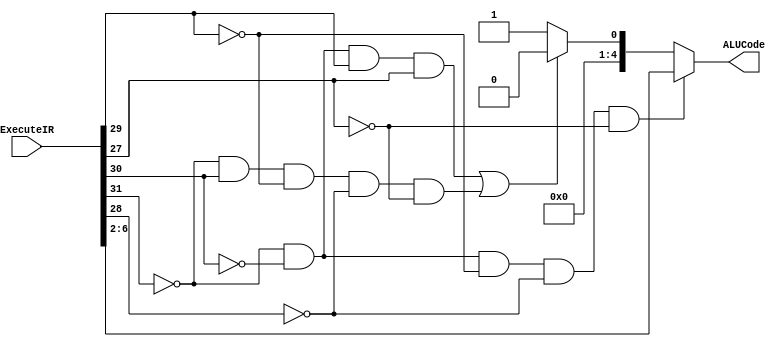
module OpCodeALUCodeDecoder(ALUCode, ExecuteIR);
    input [31:0] ExecuteIR;
    output [4:0] ALUCode;

    wire IsRType, ALUShouldAdd;
    wire [4:0] RTypeCode, NotRTypeCode;

    assign IsRType = (~ExecuteIR[31] & ~ExecuteIR[30] & ~ExecuteIR[29] & ~ExecuteIR[28] & ~ExecuteIR[27]);
    assign RTypeCode = ExecuteIR[6:2];

    assign ALUShouldAdd = (~ExecuteIR[31] & ~ExecuteIR[30] & ExecuteIR[29] & ExecuteIR[27]) | (~ExecuteIR[31] & ExecuteIR[30] & ~ExecuteIR[29] & ~ExecuteIR[28] & ~ExecuteIR[27]); //First term is combo (sw + addi)
    assign NotRTypeCode = ALUShouldAdd ? 5'b0 : 5'b00001;
    
    assign ALUCode = IsRType ? RTypeCode : NotRTypeCode;
endmodule